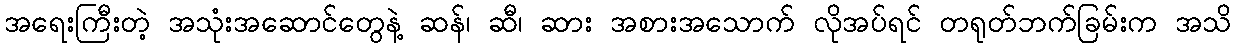
အရေးကြီးတဲ့ အသုံးအဆောင်တွေနဲ့ ဆန်၊ ဆီ၊ ဆား အစားအသောက် လိုအပ်ရင် တရုတ်ဘက်ခြမ်းက အသိ